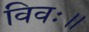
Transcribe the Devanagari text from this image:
विवः॥